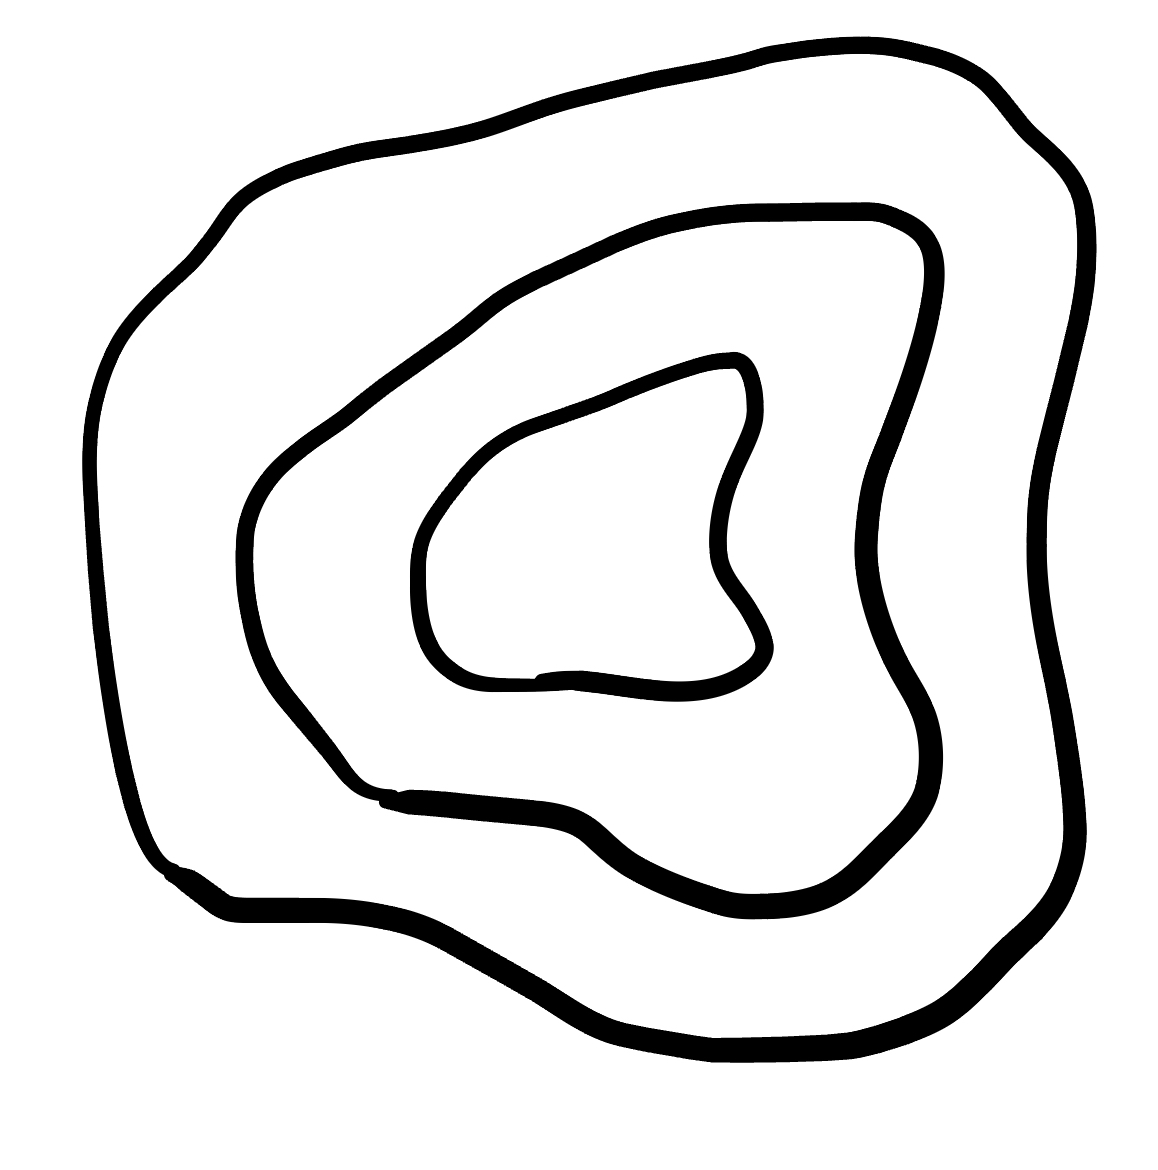
Number of regions (including the outer root region): 4
Containment tree edges (parent, child): 0, 1, 1, 2, 2, 3